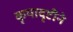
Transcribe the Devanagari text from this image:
कृपादृष्टीने